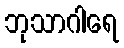
ဘုသာဂါရေ